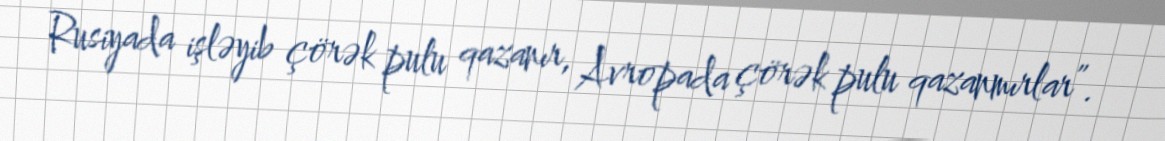
Rusiyada işləyib çörək pulu qazanır, Avropada çörək pulu qazanmırlar”.